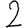
Digit: 2